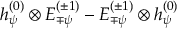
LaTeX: h _ { \psi } ^ { ( 0 ) } \otimes E _ { \mp \psi } ^ { ( \pm 1 ) } - E _ { \mp \psi } ^ { ( \pm 1 ) } \otimes h _ { \psi } ^ { ( 0 ) }